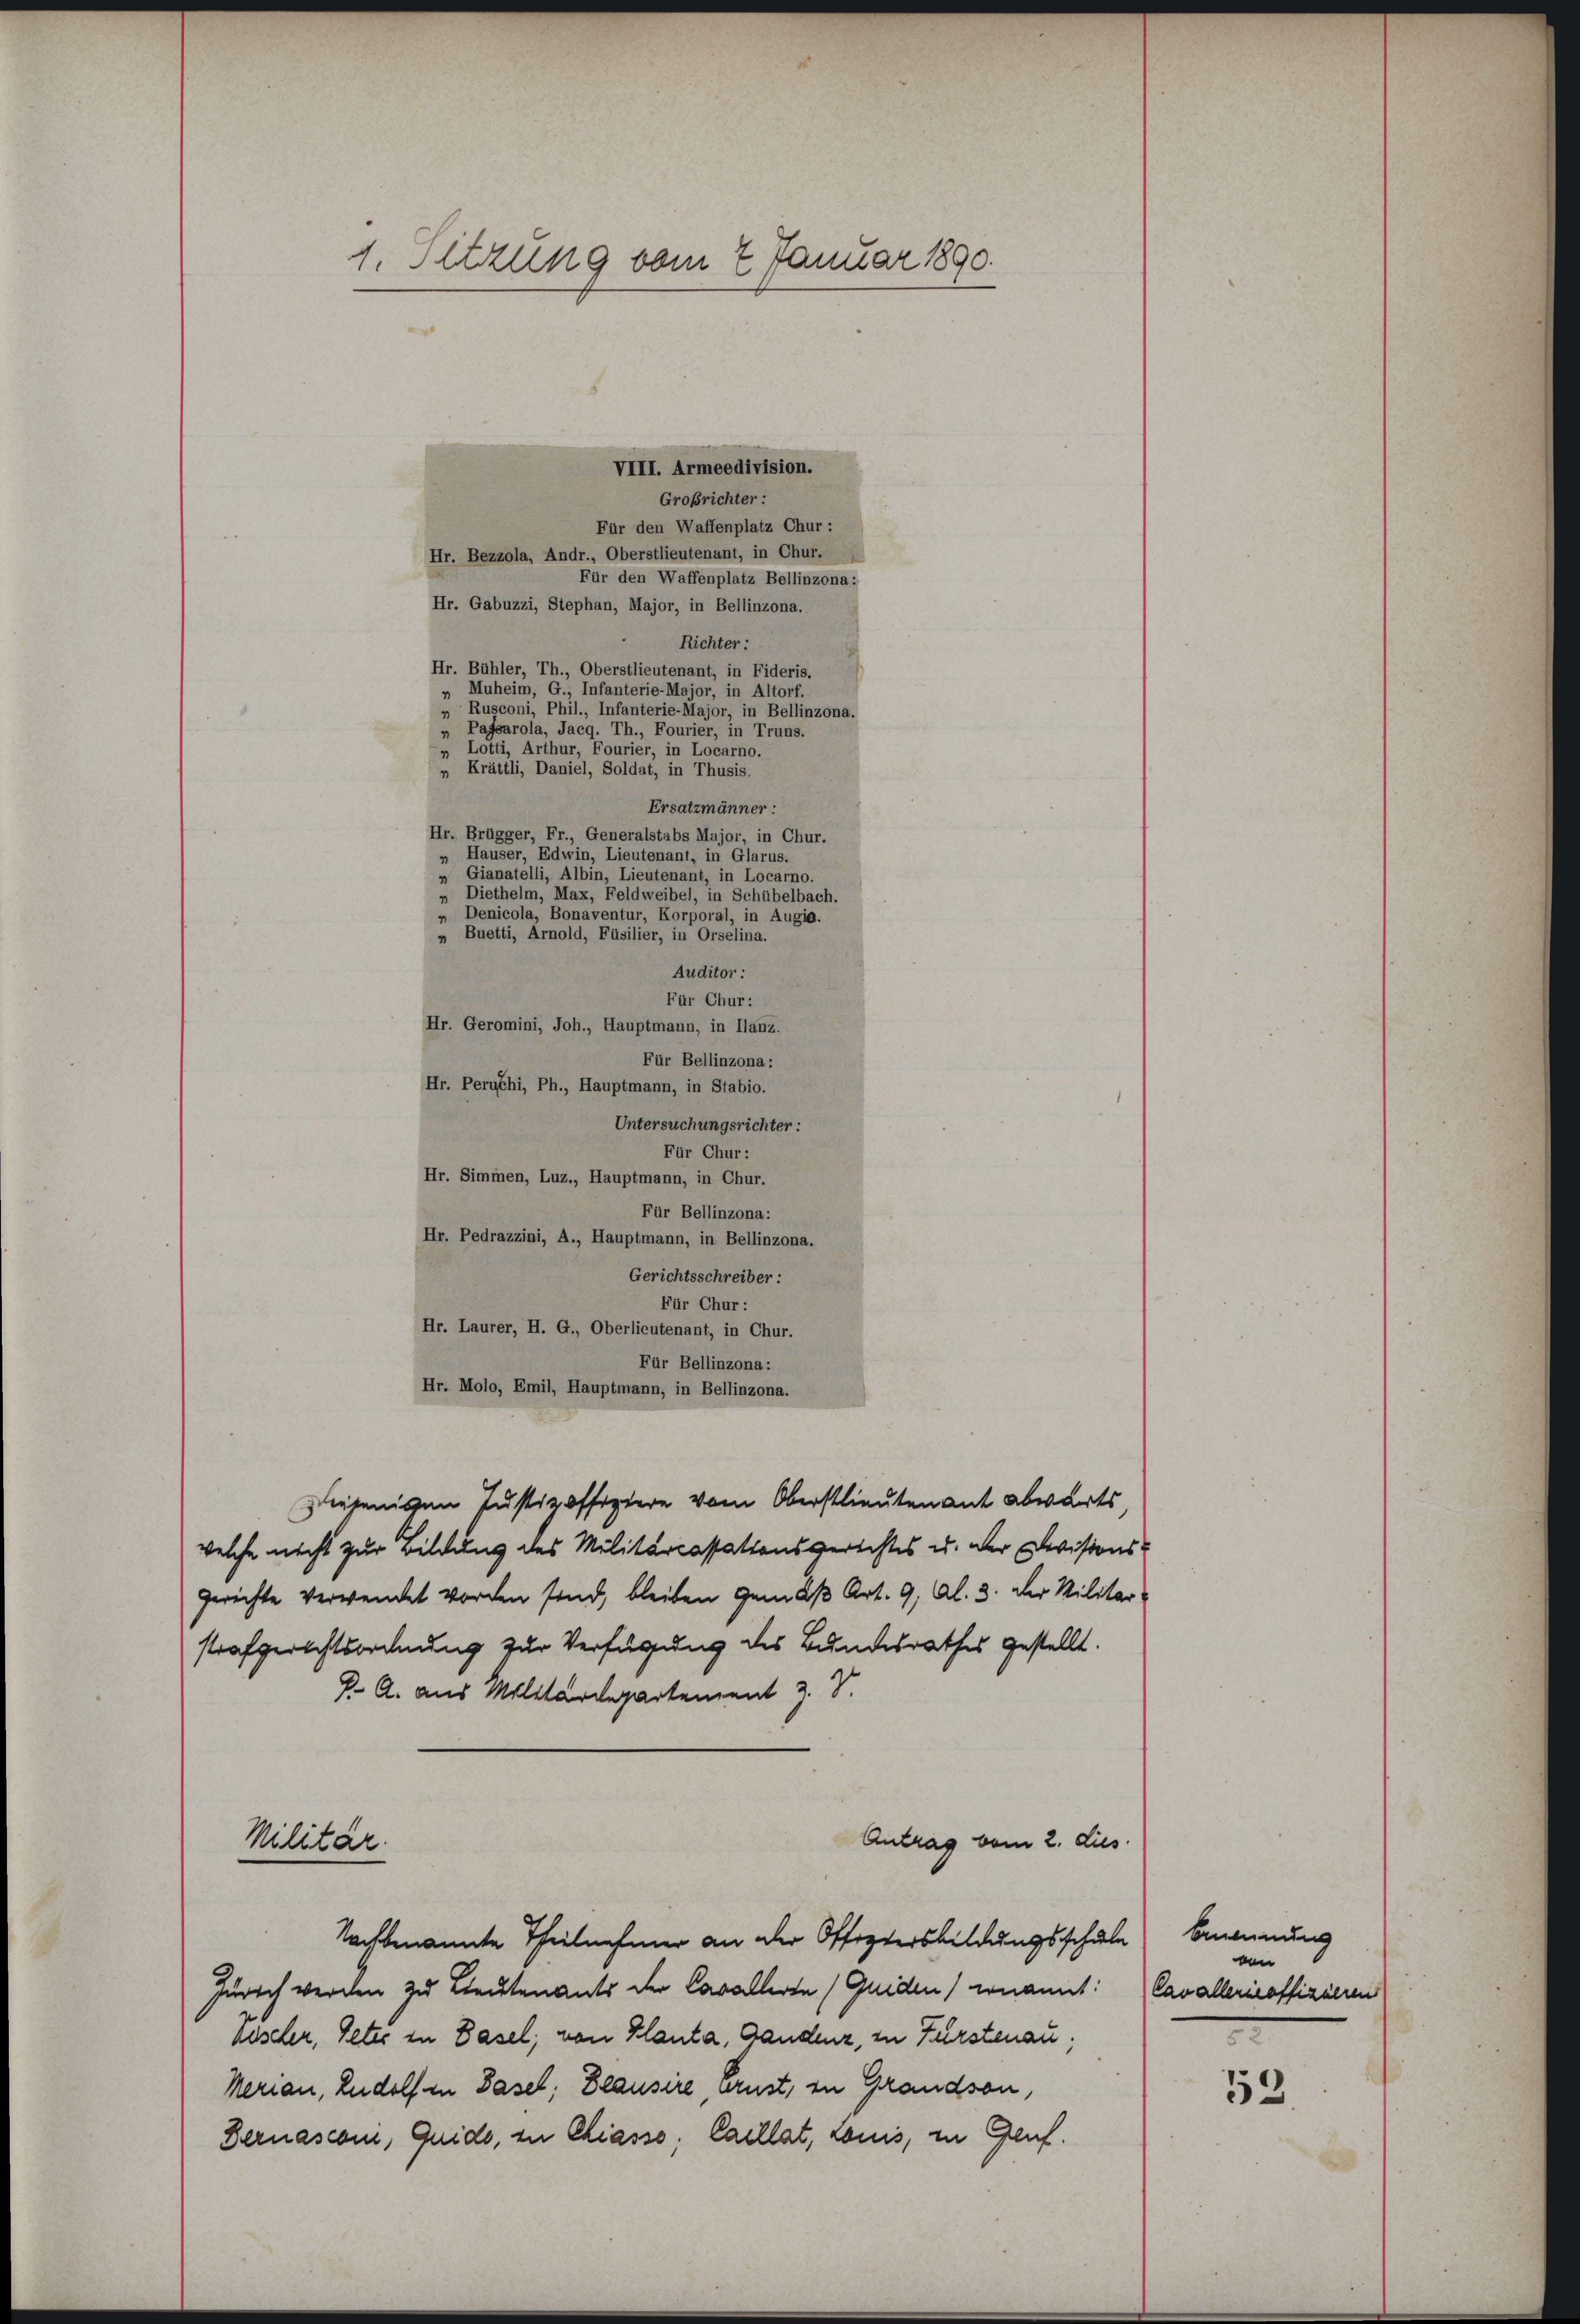
1. Setzung vom 27. Januar 1890.

VIII. Armeedivision.
Großrichter:
Für den Waffenplatz Chur:
Hr. Bezzola, Andr., Oberstlieutenant, in Chur.
Für den Waffenplatz Bellinzona:
Hr. Gabuzzi, Stephan, Major, in Bellinzona.
Richter:
Hr. Bühler, Th., Oberstlieutenant, in Fideris.
„ Muheim, G., Infanterie-Major, in Altorf.
Rusconi, Phil., Infanterie-Major, in Bellinzona.
Pafsarola, Jacq. Th., Fourier, in Truns.
„ Lotti, Arthur, Fourier, in Locarno.
„ Krättli, Daniel, Soldat, in Thusis.
Ersatzmänner:
Hr. Brügger, Fr., Generalstabs Major, in Chur.
» Häuser, Edwin, Lieutenant, in Glarus.
„ Gianatelli, Albin, Lieutenant, in Locarno.
Diethelm, Max, Feldweibel, in Schübelbach.
„ Denicola, Bonaventur, Korporal, in Augis.
Buetti, Arnold, Füsilier, in Orselina.
Auditor :
Für Chur:
Hr. Geromini, Joh., Hauptmann, in Ilanz.
Für Bellinzona :
Hr. Peruchi, Ph., Hauptmann, in Stabio.
Untersuchungsrichter:
Für Chur:
Hr. Simmen, Luz., Hauptmann, in Chur.
Für Bellinzona:
Hr. Pedrazzini, A., Hauptmann, in Bellinzona.
Gerichtsschreiber:
Für Chur:
Hr. Laurer, H. G., Oberlieutenant, in Chur.
Für Bellinzona:
Hr. Molo, Emil, Hauptmann, in Bellinzona.
Diejenigen Justiz offiziere vom Oberstlieutenant abwärts,
welche nicht zur Bildung des Militarcassationsgerichtes u. der Devisions-
gerichte verwendet worden sind, bleiben gemäß Art. 9, Al. 3. der Militar-
strafgerichtsordnung zur Verfügung des Bundesrathes gestellt.
J. A. aus Militärdepartement z. V.
Antrag vom 2. dies
Militär.
Nachbenannte Theilnehmer an der Offiziersbildungsschule benennung
Zürich werden zu Lieutenants der Cavallerte (Quiden) ernannt:
Aescher, Peter in Basel; von Klanta, Gandenz, in Fürstenau;
Merian, Rudolf in Basel; Blausire, ernst, zu Grandson,
Dernasconi, Quide, zu Chiasso; Caellat, Louis, in Genf.

von
Cavallericoffizieren

53